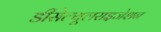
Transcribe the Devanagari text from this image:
डीसेल्यूलराइजेशन